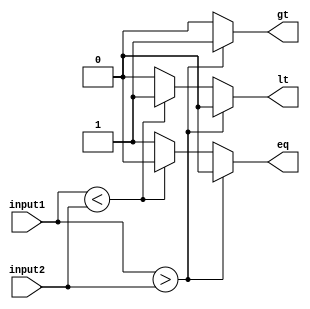
module comparator (
    input [7:0] input1,
    input [7:0] input2,
    output reg gt,
    output reg lt,
    output reg eq
);

always @* begin
    if (input1 > input2) begin
        gt = 1;
        lt = 0;
        eq = 0;
    end
    else if (input1 < input2) begin
        gt = 0;
        lt = 1;
        eq = 0;
    end
    else begin
        gt = 0;
        lt = 0;
        eq = 1;
    end
end

endmodule